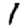
Digit: 1